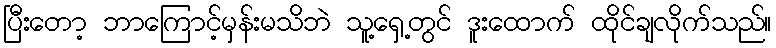
ပြီးတော့ ဘာကြောင့်မှန်းမသိဘဲ သူ့ရှေ့တွင် ဒူးထောက် ထိုင်ချလိုက်သည်။